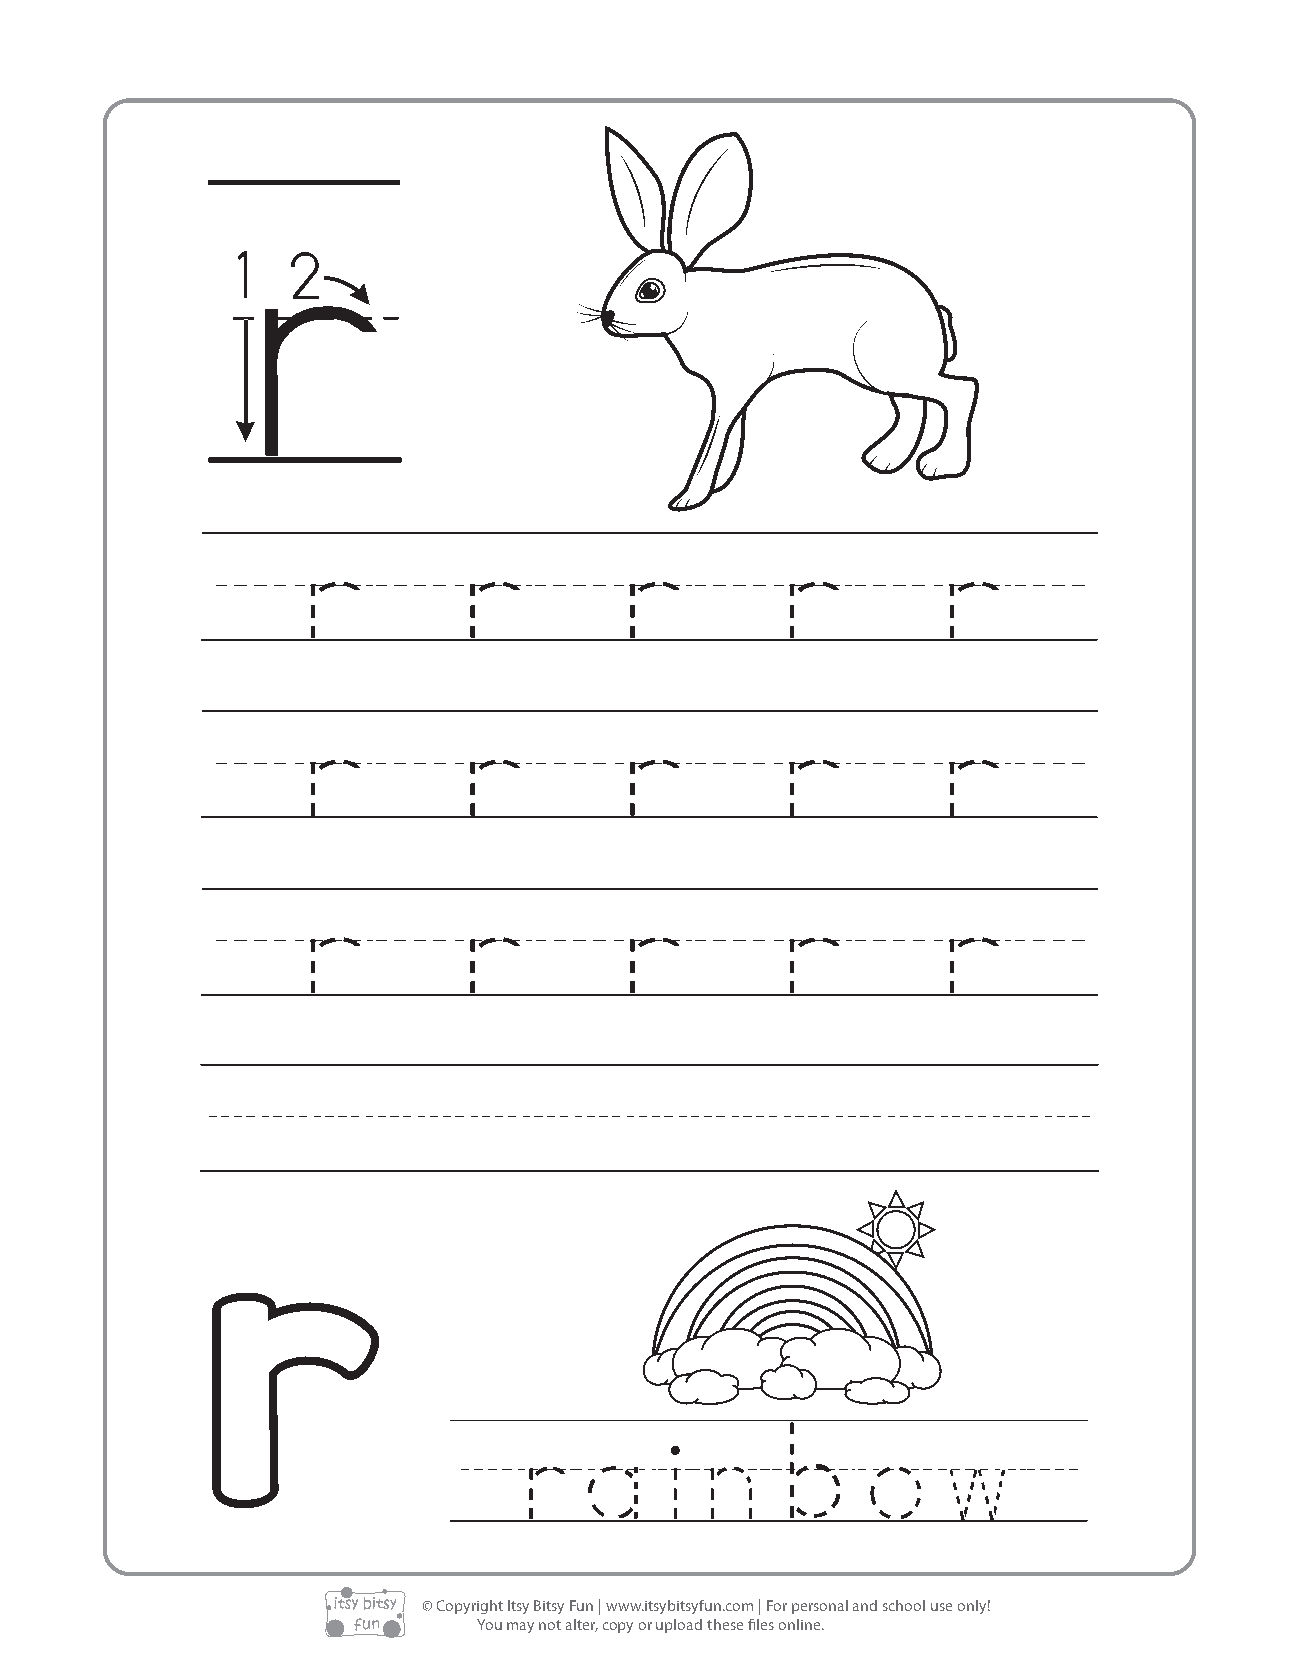
r
 /r/r/r/r/r/
 /r/r/r/r/r/
 /r/r/r/r/r/
 /////////////////
 r
 /rainbow/
 © Copyright Itsy Bitsy Fun | www.itsybitsyfun.com | For personal and school use only!
 You may not alter, copy or upload these files online.